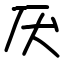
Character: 厌